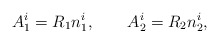
\begin{align*}A_1^i = R_1 n_1^i, \qquad A_2^i = R_2 n_2^i,\end{align*}